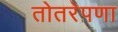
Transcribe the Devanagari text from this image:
तोतरेपणा